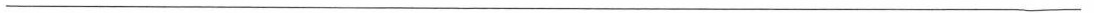
___